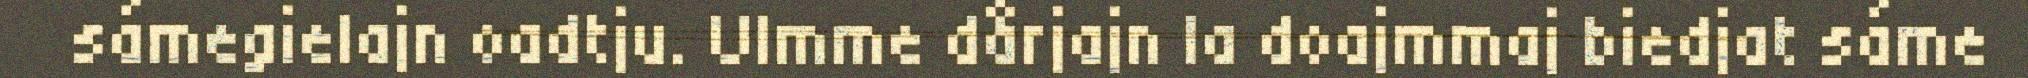
sámegielajn oadtju. Ulmme dårjajn la doajmmaj biedjat sáme